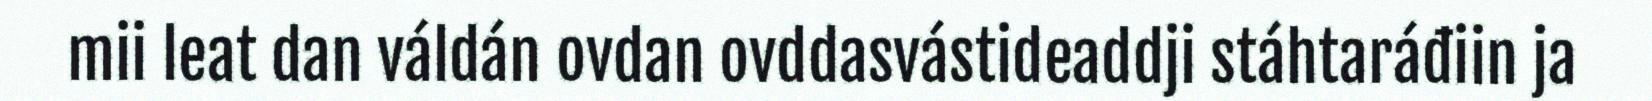
mii leat dan váldán ovdan ovddasvástideaddji stáhtaráđiin ja